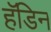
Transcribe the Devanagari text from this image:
हॅडिन